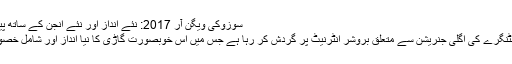
سوزوکی ویگن آر 2017: نئے انداز اور نئے انجن کے ساتھ پیش کی جائے گی - PakWheels Blog
سوزوکی ویگن آر اور سوزوکی ویگن آر اسٹنگرے کی اگلی جنریشن سے متعلق بروشر انٹرنیٹ پر گردش کر رہا ہے جس میں اس خوبصورت گاڑی کا نیا انداز اور شامل خصوصیات کے بارے میں بہت کچھ شامل ہیں۔